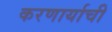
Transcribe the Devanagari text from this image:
करणार्याची